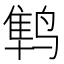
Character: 𱊛